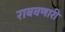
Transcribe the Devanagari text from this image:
राबवणारी